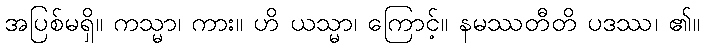
အပြစ်မရှိ။ ကသ္မာ၊ ကား။ ဟိ ယသ္မာ၊ ကြောင့်။ နမဿတီတိ ပဒဿ၊ ၏။